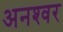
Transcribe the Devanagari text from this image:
अनश्‍वर